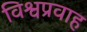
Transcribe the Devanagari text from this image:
विश्वप्रवाह